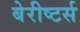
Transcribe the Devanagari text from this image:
बेरीष्टर्स